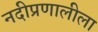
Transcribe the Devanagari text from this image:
नदीप्रणालीला